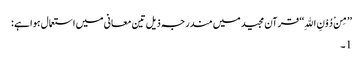
’’مِنْ دُوْنِ اللهِ‘‘ قرآن مجید میں مندرجہ ذیل تین معانی میں استعمال ہوا ہے :
1۔